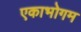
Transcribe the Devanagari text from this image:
एकाभोगम